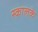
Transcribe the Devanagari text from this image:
स्कालके